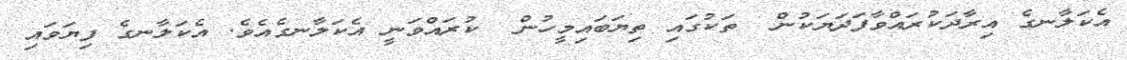
އެކަލާނގެ އިރާދަކުރައްވާފަދަޔަކުން  ތަކުގައި ތިޔަބައިމީހުން  ކުރައްވަނީ އެކަލާނގެއެވެ. އެކަލާނގެ ފިޔަވައި